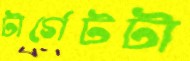
টার্গেটটা